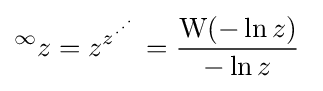
{}^{\infty }z=z^{z^{\cdot ^{\cdot ^{\cdot }}}}={\frac {\mathrm {W} (-\ln {z})}{-\ln {z}}}~